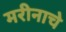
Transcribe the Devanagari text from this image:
मरीनाचे